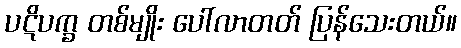
ပဋိပက္ခ တစ်မျိုး ပေါ်လာတတ် ပြန်သေးတယ်။